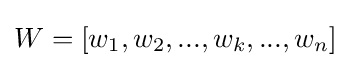
W=[w_{1},w_{2},...,w_{k},...,w_{n}]